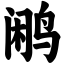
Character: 鹇